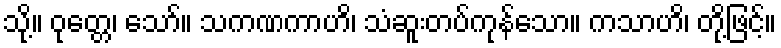
သို့။ ဝုတ္တေ၊ သော်။ သကဏကာဟိ၊ သံဆူးတပ်ကုန်သော။ ကသာဟိ၊ တို့ဖြင့်။